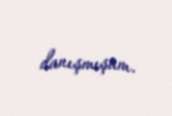
danışmışam.